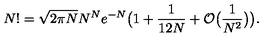
N ! = \sqrt { 2 \pi N } N ^ { N } e ^ { - N } \big ( 1 + \frac { 1 } { 1 2 N } + { \cal O } \big ( \frac { 1 } { N ^ { 2 } } \big ) \big ) .